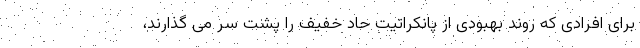
برای افرادی که روند بهبودی از پانکراتیت حاد خفیف را پشت سر می گذارند،